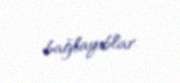
bağlayıblar.